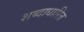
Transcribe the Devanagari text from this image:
शब्दाधारित